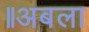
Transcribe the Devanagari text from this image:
॥अबला